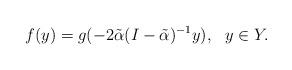
LaTeX: \begin{align*}f(y)=g(-2\tilde\alpha(I-\tilde\alpha)^{-1} y), \ \ y\in Y.\end{align*}